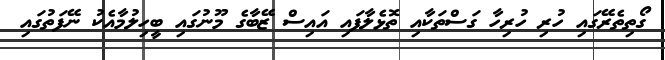
ގޯތިތެރޭގައި ހުރި ހުރިހާ ގަސްތަކާއި ތޮޅެލާފައި އައިސް ޒޭބާގެ މޫނުގައި ބީހިލުމާއެކު ނޭފަތުގައި